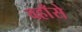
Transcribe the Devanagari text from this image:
वहाँसे